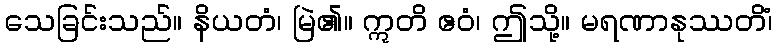
သေခြင်းသည်။ နိယတံ၊ မြဲ၏။ ဣတိ ဧဝံ၊ ဤသို့။ မရဏာနုဿတိံ၊